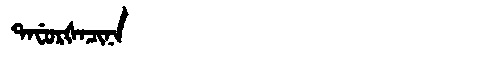
Manchu: ᡨᠠᠸᡠᡵᡧᠠᠴᡳᠨᠠ
Romanization: TAFURŠACINA